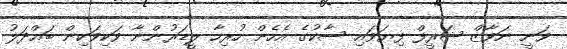
ވަނީ ނަވާޒް ޝަރީފް ފިޔަވައި ސާކުގެ އެހެން ހުރިހާ ލީޑަރުންނާ ވަކިވަކިން ބައްދަލު